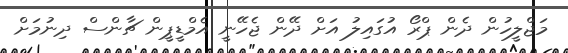
މަޖްލީހުން ދެން ޕްރޯ އުގައިލު އަށް ދޭން ޖެހޭނީ އެމްޑީޕީން ޗާންސް ދިނުމަށް